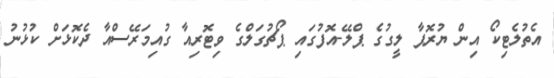
އެތުލެޓިކޯ އިން ޔުރޮޕާ ލީގުގެ ޕްލޭ-އޮފުގައި ޕޯޗުގަލްގެ ވިޓޮރިއާ ގުއިމަރޭސްއާ ދެކޮޅަށް ކުޅުނު